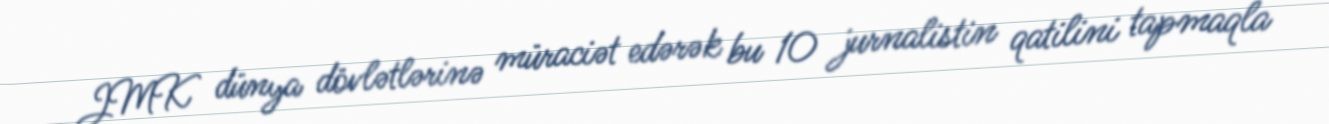
JMK dünya dövlətlərinə müraciət edərək bu 10 jurnalistin qatilini tapmaqla